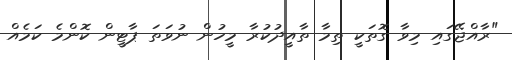
"ރާއްޖޭގައި މިވާ ގޮތަކީ ތިމާ ތާއީދުކުރާ މީހުން ނުވަތަ ޕާޓީން ކޮންމެ ކަމެއް